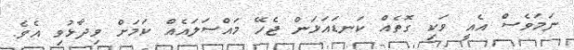
ނަމަވެސް އެއީ ވަކި ގޮތެއް ކަނޑައަޅަން ޖެހޭ މައްސަލައެއް ކަމަށް ވިދާޅުވި އެވެ.